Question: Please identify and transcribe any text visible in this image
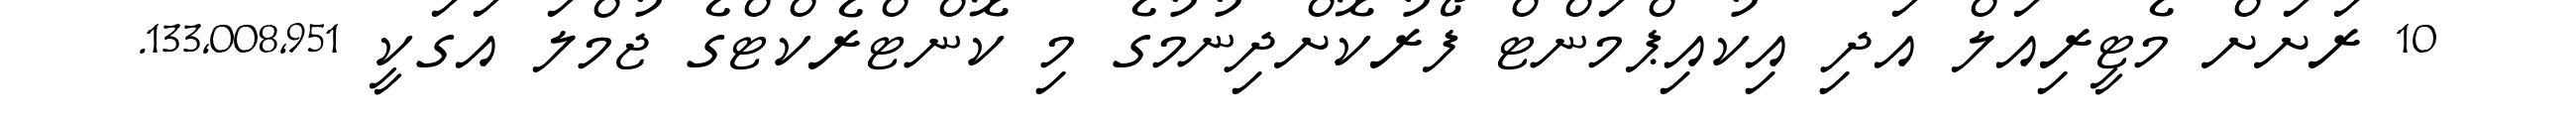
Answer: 10 ރަށަށް މެޓީރިއަލް އަދި އިކުއިޕްމަންޓް ފޯރުކޮށްދިނުމުގެ މި ކޮންޓްރެކްޓްގެ ޖުމްލަ އަގަކީ 133,008,951.